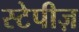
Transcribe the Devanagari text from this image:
स्टेपीज़